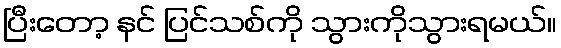
ပြီးတော့ နင် ပြင်သစ်ကို သွားကိုသွားရမယ်။